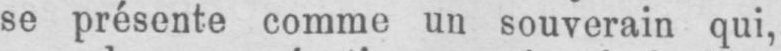
se présente comme un souverain qui,